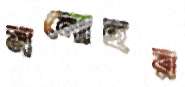
মনোহর